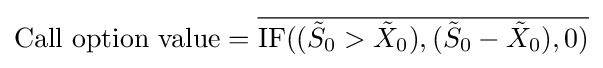
{\text{Call option value}}={\overline {{\text{IF}}(({\tilde {S}}_{0}>{\tilde {X}}_{0}),({\tilde {S}}_{0}-{\tilde {X}}_{0}),0)}}